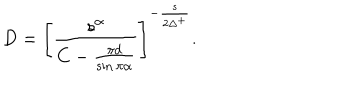
D = \left[ \frac { s ^ { \alpha } } { C - \frac { \pi d } { \sin \pi \alpha } } \right] ^ { - \frac { s } { 2 \Delta ^ { + } } } .